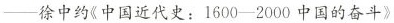
——徐中约《中国近代史：1600-2000中国的奋斗》